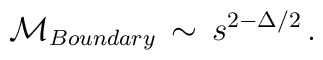
{\cal M}_{Boundary} \,\sim \,s^{2  - \Delta/2 } \,.